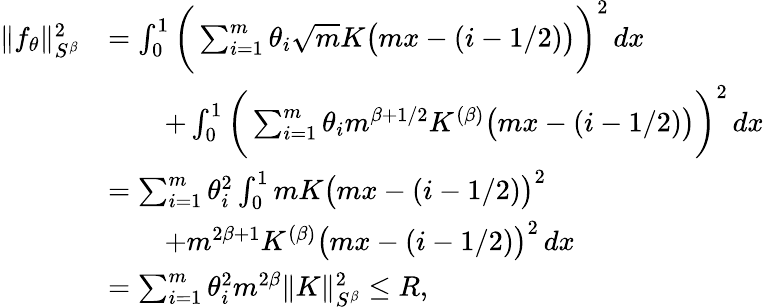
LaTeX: \begin{array}{rl}{\| f_{\theta}\| _{S^{\beta}}^{2}}&{=\int_{0}^{1}\bigg(\sum_{i=1}^{m}\theta_{i}\sqrt{m}K\big(mx-(i-1/2)\big)\bigg)^{2}\, dx}\\ &{\qquad+\int_{0}^{1}\bigg(\sum_{i=1}^{m}\theta_{i}m^{\beta+1/2}K^{(\beta)}\big(mx-(i-1/2)\big)\bigg)^{2}\, dx}\\ &{=\sum_{i=1}^{m}\theta_{i}^{2}\int_{0}^{1}mK\big(mx-(i-1/2)\big)^{2}}\\ &{\qquad+m^{2\beta+1}K^{(\beta)}\big(mx-(i-1/2)\big)^{2}\, dx}\\ &{=\sum_{i=1}^{m}\theta_{i}^{2}m^{2\beta}\| K\| _{S^{\beta}}^{2}\leq R,}\end{array}